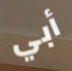
أبي